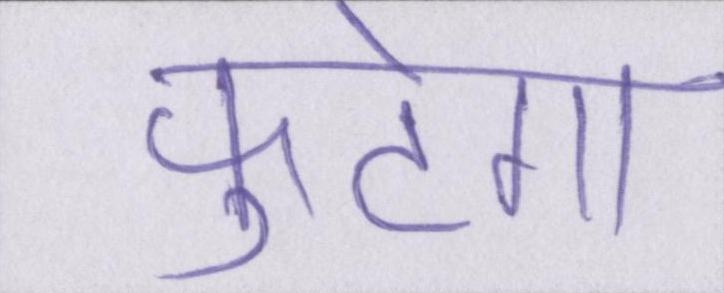
फूटेगा